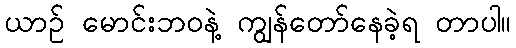
ယာဉ် မောင်းဘဝနဲ့ ကျွန်တော်နေခဲ့ရ တာပါ။